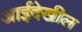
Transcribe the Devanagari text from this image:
आईदेखील